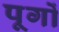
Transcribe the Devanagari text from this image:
पूगों